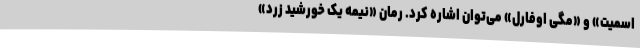
اسمیت» و «مگی اوفارل» می‌توان اشاره کرد. رمان «نیمه یک خورشید زرد»